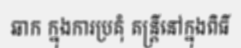
ឆាក ក្នុងការប្រគុំ តន្ត្រីនៅក្នុងពិធី